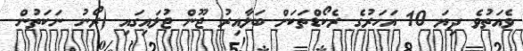
ވެއަތުވެ ދިޔަ 10 އަހަރުގެ ރެކޯޑްތަކަށް ބަލާއިރު ޖޫން ޖުލައިގައި (ރޯނު ނަކަތުން